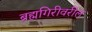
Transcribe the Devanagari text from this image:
ब्रह्मगिरीवरील